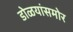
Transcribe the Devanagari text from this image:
डोळयांसमोर